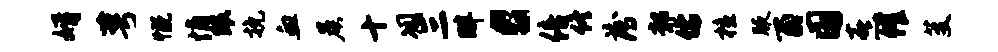
婿萼慨悄眼挽血晨十凋三畔c倍佟薄鄣儒檀腋酉国熹催芟